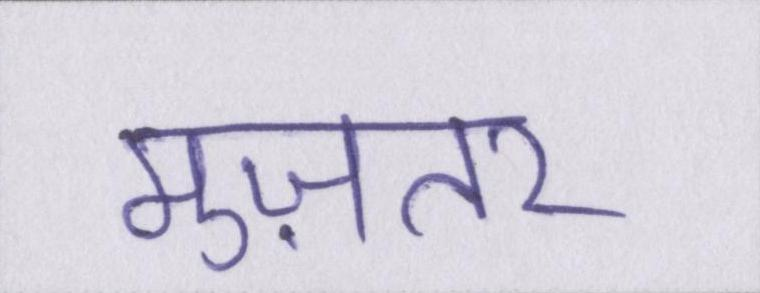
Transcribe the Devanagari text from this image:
मुज़तर